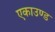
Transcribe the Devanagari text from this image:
एकाउण्ड